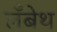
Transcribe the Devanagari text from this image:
लँबेथ